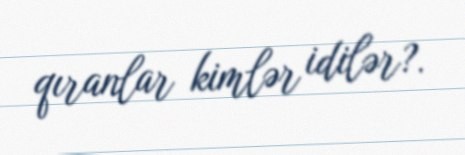
qıranlar kimlər idilər?.